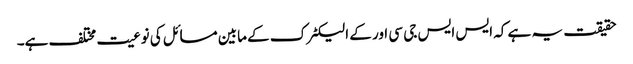
حقیقت یہ ہے کہ ایس ایس جی سی اور کے الیکٹرک کے مابین مسائل کی نوعیت مختلف ہے۔